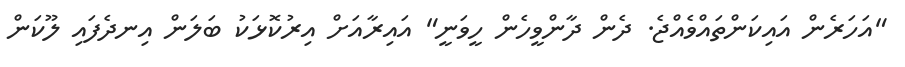
"އަހަރެން އައިކަންތައްވެއްޖެ. ދެން ދާންވީހެން ހީވަނީ" އައިރާއަށް އިރުކޮޅަކު ބަލަން އިނދެފައި ލޫކަން